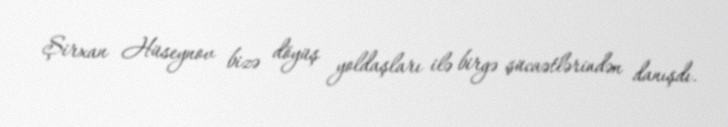
Şirxan Hüseynov bizə döyüş yoldaşları ilə birgə şücaətlərindən danışdı.